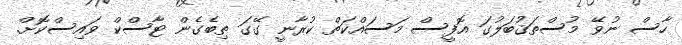
ހާސް ނުވޭ މުސްތަޤުބަލުގަ އޮފީސް މަސައްކަތް ކުރާނީ ގޭގަ ތިބެގެން ޓާސްކް ވައިސްކޮށް.